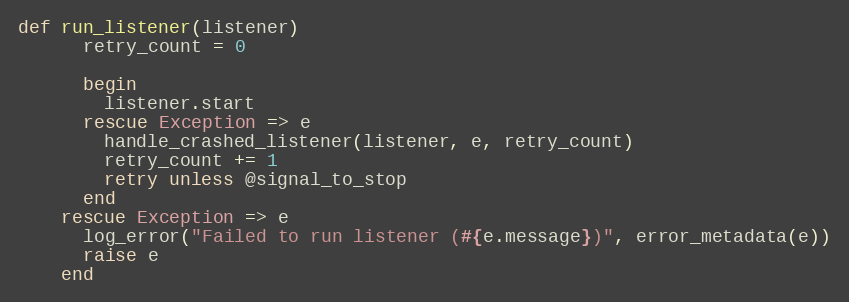
Language: Ruby
def run_listener(listener)
      retry_count = 0

      begin
        listener.start
      rescue Exception => e
        handle_crashed_listener(listener, e, retry_count)
        retry_count += 1
        retry unless @signal_to_stop
      end
    rescue Exception => e
      log_error("Failed to run listener (#{e.message})", error_metadata(e))
      raise e
    end